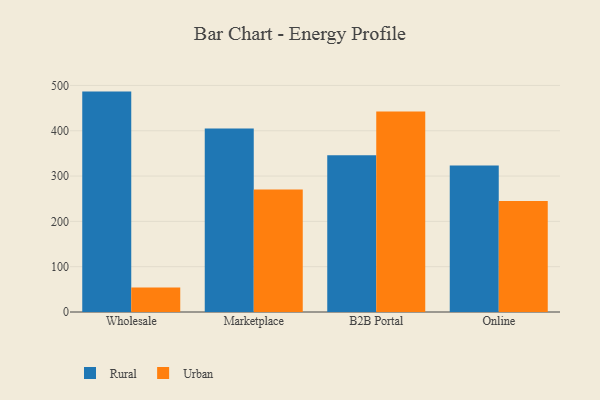
{"axis": {"x": "Channel", "y": "Population (Million)"}, "legend": ["Rural", "Urban"], "data": [{"x": "Wholesale", "y": 486.4, "type": "Rural"}, {"x": "Wholesale", "y": 54.2, "type": "Urban"}, {"x": "Marketplace", "y": 404.9, "type": "Rural"}, {"x": "Marketplace", "y": 270.6, "type": "Urban"}, {"x": "B2B Portal", "y": 345.8, "type": "Rural"}, {"x": "B2B Portal", "y": 442.5, "type": "Urban"}, {"x": "Online", "y": 323.1, "type": "Rural"}, {"x": "Online", "y": 245.0, "type": "Urban"}]}